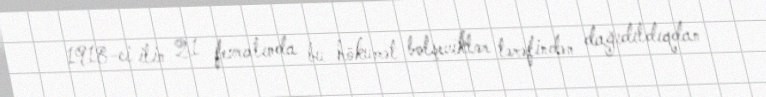
1918-ci ilin 21 fevralında bu hökumət bolşeviklər tərəfindən dağıdıldıqdan